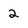
Character: 2